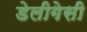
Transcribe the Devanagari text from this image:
डेलीगेसी